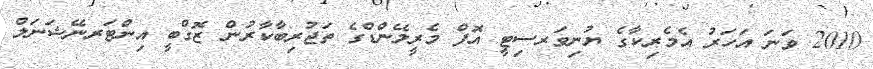
2010 ވަނަ އަހަރު އެމެރިކާގެ ޔުނިވަރސިޓީ އޮފް މެރީލޭންޑްގެ ތަޖުރިބާކާރުން ޒޮގްބީ އިންޓަރނޭޝަނަލް